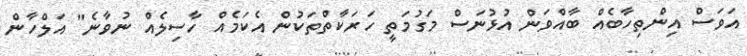
އަވަސް އިންތިހާބެއް ބާއްވަން އުޅުނަސް މަގުމަތީ ހަރަކާތްތަކުން އެކަމެއް ހާސިލެއް ނުވާނެ" އަލްހާން